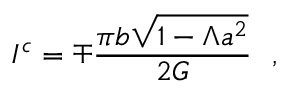
I ^ { c } = \mp { \frac { \pi b \sqrt { 1 - \Lambda a ^ { 2 } } } { 2 G } } \ \ ,